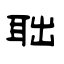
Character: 聉